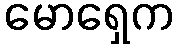
မောရှေက